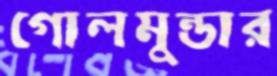
গোলমুন্ডার